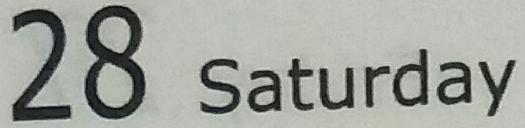
28 Saturday